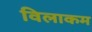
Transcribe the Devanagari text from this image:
विलाकम